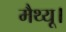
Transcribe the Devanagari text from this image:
मैथ्यू।